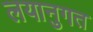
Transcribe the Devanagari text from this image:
लयानुगत